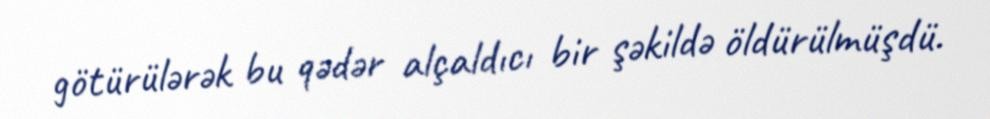
götürülərək bu qədər alçaldıcı bir şəkildə öldürülmüşdü.